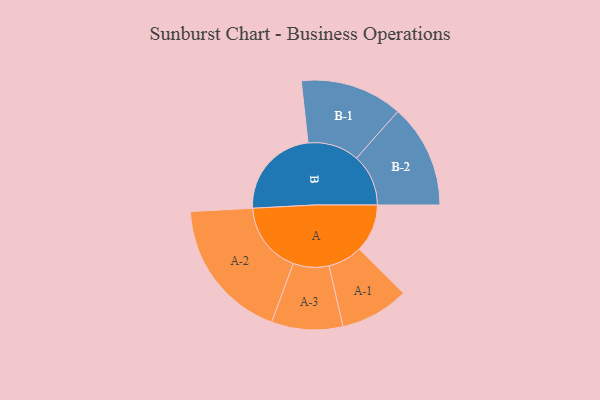
{"axis": {"x": "Segment", "y": "Value"}, "legend": ["", "A", "B"], "data": [{"x": "A", "y": 148, "type": ""}, {"x": "B", "y": 286, "type": ""}, {"x": "A-1", "y": 106, "type": "A"}, {"x": "A-2", "y": 220, "type": "A"}, {"x": "A-3", "y": 110, "type": "A"}, {"x": "B-1", "y": 158, "type": "B"}, {"x": "B-2", "y": 160, "type": "B"}]}